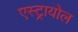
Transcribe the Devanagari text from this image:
एस्ट्रायोल